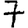
Digit: 7